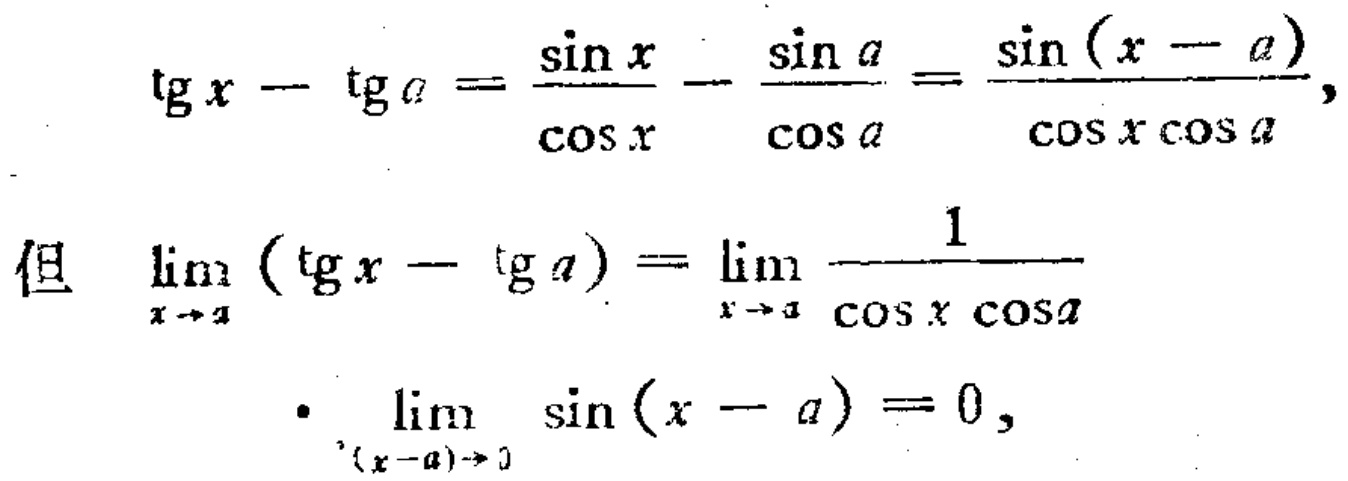
\[
\begin{align*}
\operatorname{tg}x - \operatorname{tg}a&=\frac{\sin x}{\cos x}-\frac{\sin a}{\cos a}=\frac{\sin(x - a)}{\cos x\cos a},\\
\text{但 }\lim_{x \to a}(\operatorname{tg}x - \operatorname{tg}a)&=\lim_{x \to a}\frac{1}{\cos x\cos a}\\
&\cdot\lim_{(x - a)\to 0}\sin(x - a)=0,
\end{align*}
\]